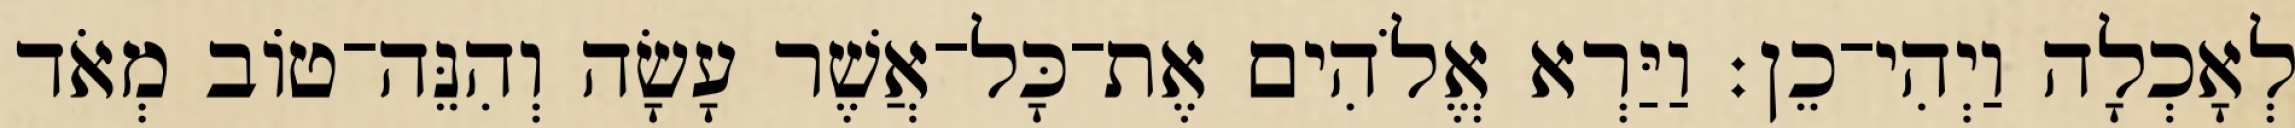
לְאָכְלָה וַיְהִי־כֵן׃ וַיַּרְא אֱלֹהִים אֶת־כָּל־אֲשֶׁר עָשָׂה וְהִנֵּה־טֹוב מְאֹד